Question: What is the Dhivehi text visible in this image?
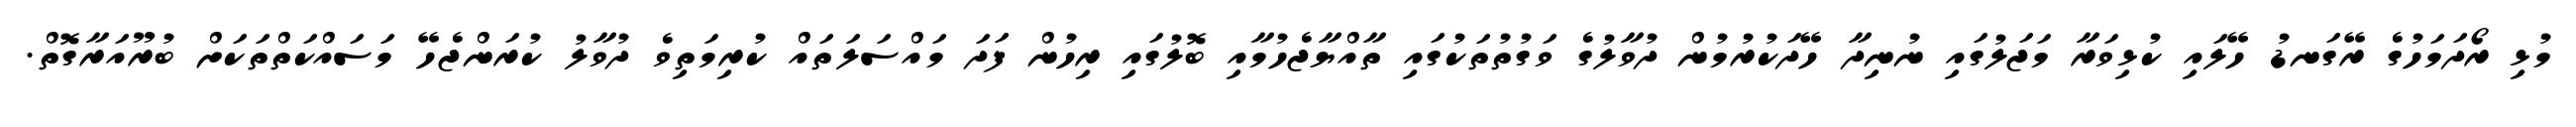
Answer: މުޅި ރޯދަމަހުގެ ރޭގަނޑު ހޭލައި ކުޅިވަރާ މަޖަލުގައި ނުނިދާ ހޭދަކުރުމުން ދުވާލުގެ ވަގުތުތަކުގައި ތާއްޔާޖެހުމާއި ބޮލުގައި ރިހުން ފަދަ މައްސަލަތައް ކުރިމަތިވެ ދުވާލު ކުރަންޖެހޭ މަސައްކަތްތަކަށް ބުރޫއަރާގޮތް.